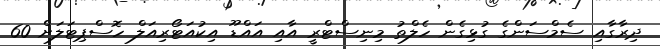
ދިރާގާއި ސެމްސަންގެ ގުޅިގެން ހެލްތު މިނިސްޓްރީ އާއި އައްޑޫ އިކުއަޓޯރިއަލް ހޮސްޕިޓަލަށް 60